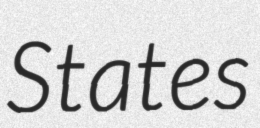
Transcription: States